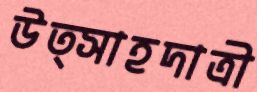
উত্সাহদাত্রী